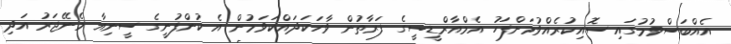
އެއްބަސްވުމުގައި ސޮއިކުރެއްވުމަށްފަހު އެމްއާރްޑީސީގެ ފަރާތުން ވާހަކަދައްކަވަމުން އެ ކުންފުނީގެ ސީނިއާ މެނޭޖަރު އަދި